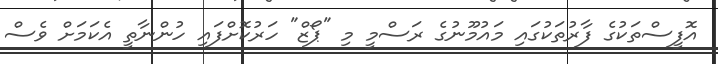
އޮފީސްތަކުގެ ފާރުތަކުގައި މައުމޫނުގެ ރަސްމީ މި "ޕޯޒް" ހަރުކޮށްފައި ހުންނާތީ އެކަމަށް ވެސް